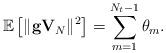
LaTeX: \begin{align*}\mathbb{E}\left[\|\mathbf{g}\mathbf{V}_{N}\|^2\right] = \sum_{m = 1}^{N_t - 1} \theta_m.\end{align*}